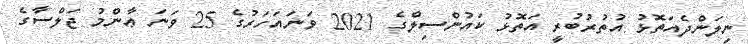
ނިލަންދެއަތޮޅު އުތުރުބުރީ އަތޮޅު ކައުންސިލްގެ 2021 ވަނައަހަރުގެ 25 ވަނަ ޢާންމު ޖަލްސާގެ